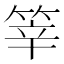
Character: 𥭴